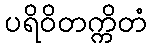
ပရိဝိတက္ကိတံ